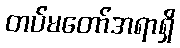
တပ်မတော်အရာရှိ